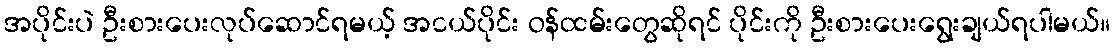
အပိုင်းပဲ ဦးစားပေးလုပ်ဆောင်ရမယ့် အငယ်ပိုင်း ဝန်ထမ်းတွေဆိုရင် ပိုင်းကို ဦးစားပေးရွေးချယ်ရပါမယ်။